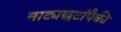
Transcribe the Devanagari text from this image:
नाट्यछटांपैकी